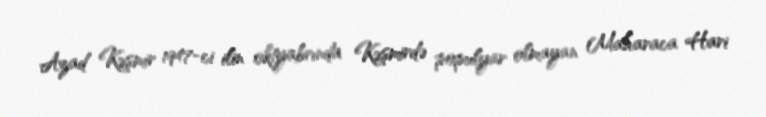
Azad Kəşmir 1947-ci ilin oktyabrında Kəşmirdə populyar olmayan Maharaca Hari